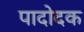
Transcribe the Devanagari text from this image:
पादोदक